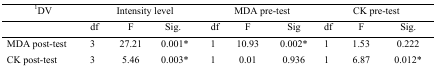
<table><thead><tr><td><b><sup>1</sup>DV</b></td><td colspan="3"><b>Intensity level</b></td><td colspan="3"><b>MDA pre-test</b></td><td colspan="3"><b>CK pre-test</b></td></tr><tr><td></td><td><b>df</b></td><td><b>F</b></td><td><b>Sig.</b></td><td><b>df</b></td><td><b>F</b></td><td><b>Sig</b></td><td><b>df</b></td><td><b>F</b></td><td><b>Sig.</b></td></tr></thead><tbody><tr><td>MDA post-test</td><td>3</td><td>27.21</td><td>0.001*</td><td>1</td><td>10.93</td><td>0.002*</td><td>1</td><td>1.53</td><td>0.222</td></tr><tr><td>CK post-test</td><td>3</td><td>5.46</td><td>0.003*</td><td>1</td><td>0.01</td><td>0.936</td><td>1</td><td>6.87</td><td>0.012*</td></tr></tbody></table>